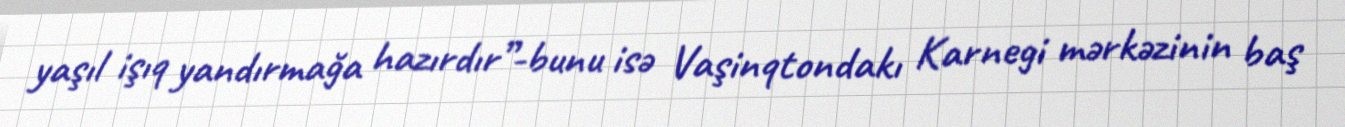
yaşıl işıq yandırmağa hazırdır”-bunu isə Vaşinqtondakı Karnegi mərkəzinin baş